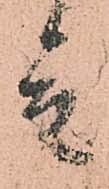
言